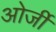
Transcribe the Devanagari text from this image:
ओर्जी